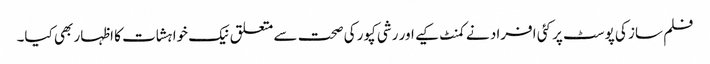
فلم ساز کی پوسٹ پر کئی افراد نے کمنٹ کیے اور رشی کپور کی صحت سے متعلق نیک خواہشات کا اظہار بھی کیا۔